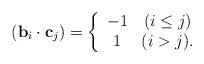
LaTeX: \begin{align*}({\bf b}_i\cdot{\bf c}_j)=\left\{\begin{array}{cc} -1 & (i\leq j)\\ 1 & (i>j). \end{array}\right.\end{align*}